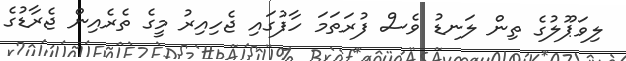
ލިވަޕޫލުގެ ތިން ލަނޑު ވެސް ފުރަތަމަ ހާފުގައި ޖެހިއިރު މީގެ ތެރެއިން ޖެރާޑުގެ